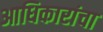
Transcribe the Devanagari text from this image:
आधिकारांचा